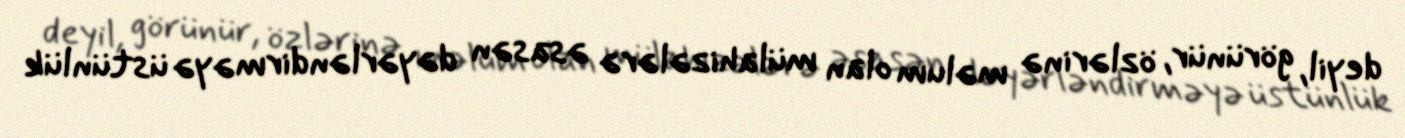
deyil, görünür, özlərinə məlum olan mülahizələrə əsasən dəyərləndirməyə üstünlük